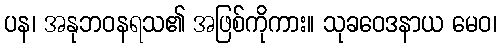
ပန၊ အနုဘဝနရသ၏ အဖြစ်ကိုကား။ သုခဝေဒနာယ မေဝ၊